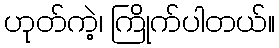
ဟုတ်ကဲ့၊ ကြိုက်ပါတယ်။